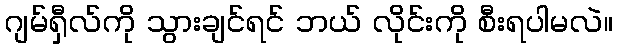
ဂျမ်ရှီလ်ကို သွားချင်ရင် ဘယ် လိုင်းကို စီးရပါမလဲ။